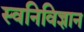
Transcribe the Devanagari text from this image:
स्वनिविज्ञान